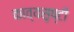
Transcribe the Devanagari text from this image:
काव्यसृष्टी